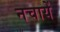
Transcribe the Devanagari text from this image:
नचायें